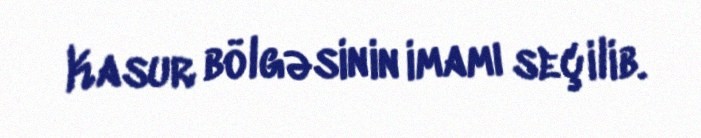
Kasur bölgəsinin imamı seçilib.